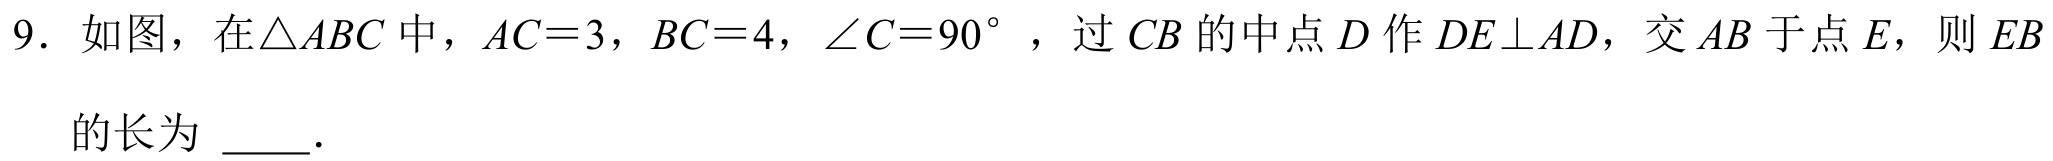
9. 如图，在\(\triangle ABC\)中，\(AC = 3\)，\(BC = 4\)，\(\angle C = 90^{\circ}\)，过 \(CB\) 的中点 \(D\) 作 \(DE\perp AD\)，交 \(AB\) 于点 \(E\)，则 \(EB\) 的长为  ．